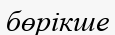
бөрікше